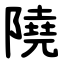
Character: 隢